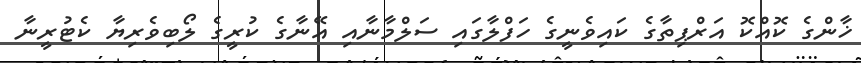
ޚާންގެ ކޮއްކޮ އަރްޕިތާގެ ކައިވެނީގެ ހަފްލާގައި ސަލްމާނާއި އޭނާގެ ކުރީގެ ލޯބިވެރިޔާ ކެޓުރީނާ